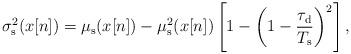
LaTeX: \begin{align*}\sigma_{\rm s}^2 (x[n])=\mu_{\rm s} (x[n])-\mu_{\rm s}^2 (x[n])\left[1-\left(1-\frac{\tau_{\rm d}}{T_{\rm s}}\right)^2\right],\end{align*}